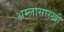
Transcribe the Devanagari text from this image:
अम्लासारखी